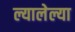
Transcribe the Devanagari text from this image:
ल्यालेल्या